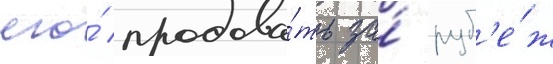
его́ продава́ть за́ руб'е́ж